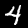
Label: 4